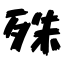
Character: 殊